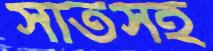
সাতসহ